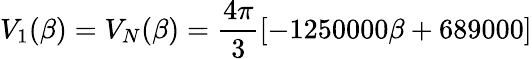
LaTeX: V_{1}(\beta)=V_{N}(\beta)=\frac{4\pi}{3}[-1250000\beta+689000]